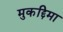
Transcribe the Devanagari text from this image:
मुकद्दिमा